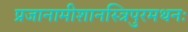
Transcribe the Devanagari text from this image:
प्रजानामीशानस्त्रिपुरमथनः